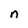
Character: n